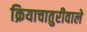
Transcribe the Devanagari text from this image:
क्रियाचातुरीवाले